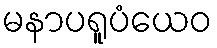
မနာပရူပံယေဝ